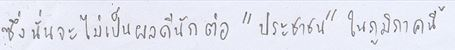
ซึ่งนั่นจะไม่เป็นผลดีนักต่อ"ประชาชน"ในภูมิภาคนี้